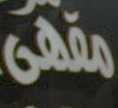
مقهى